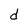
Character: d